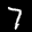
Label: 7